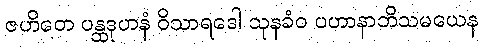
ဇဟိတေ ပန္ထဒုဟနံ ဝိသာရဒေါ သုနခံဝ ပဟာနာဘိသမယေန